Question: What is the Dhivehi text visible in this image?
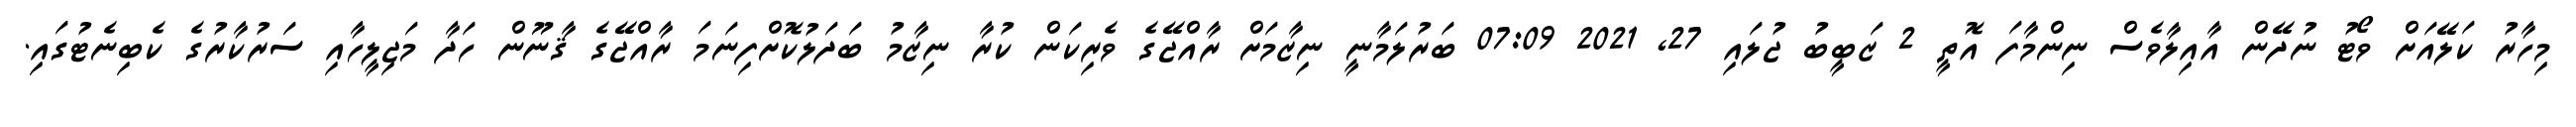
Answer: މިހާރު ކަލޭއަށް ވޯޓު ނުދޭން އާއިލާވެސް ނިންމާފަ އޮތީ 2 ޒަބީބު ޖުލައި 27, 2021 07:09 ބަރުލަމާނީ ނިޒާމަށް ރާއްޖޭގެ ވެރިކަން ކުރާ ނިޒާމު ބަދަލުކޮށްފިނަމަ ރާއްޖޭގެ ޤާނޫން ހަދާ މަޖިލީހާއި ސަރުކާރުގެ ކެބިނެޓުގައި.